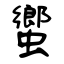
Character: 蠁